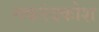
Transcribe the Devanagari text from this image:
मकरंदकोश